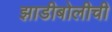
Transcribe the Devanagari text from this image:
झाडीबोलीची